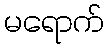
မရောက်